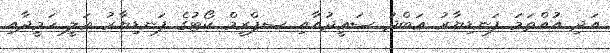
އަދި އުއްތަމަ ފަނޑިޔާރު ޢަބްދު ސަޢީދުއާއި ސޕްރީމް ކޯޓުގެ ފަނޑިޔާރު ޢަލީ ހަމީދާއި